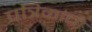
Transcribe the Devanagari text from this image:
पत्रिकांची